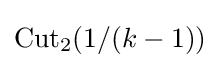
\mathrm {Cut} _{2}(1/(k-1))